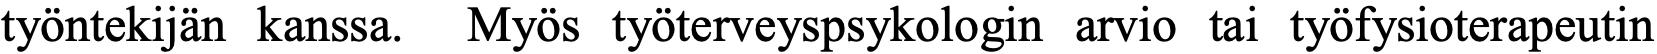
työntekijän kanssa. Myös työterveyspsykologin arvio tai työfysioterapeutin